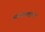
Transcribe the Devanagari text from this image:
आडनावाबद्दलचे